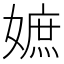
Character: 嫬